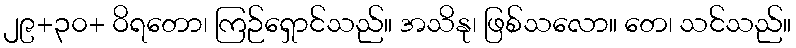
၂၉+၃၀+ ဝိရတော၊ ကြဉ်ရှောင်သည်။ အသိနု၊ ဖြစ်သလော။ တေ၊ သင်သည်။